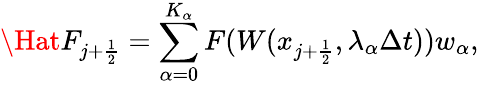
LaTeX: \Hat F_{j+\frac{1}{2}}=\sum_{\alpha=0}^{K_{\alpha}}F(W(x_{j+\frac{1}{2}},\lambda_{\alpha}\Delta t))w_{\alpha},